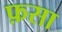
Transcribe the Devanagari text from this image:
फ़सा